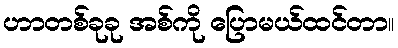
ဟာတစ်ခုခု အစ်ကို ပြောမယ်ထင်တာ။